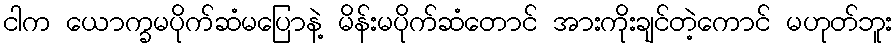
ငါက ယောက္ခမပိုက်ဆံမပြောနဲ့ မိန်းမပိုက်ဆံတောင် အားကိုးချင်တဲ့ကောင် မဟုတ်ဘူး